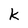
Character: k